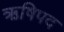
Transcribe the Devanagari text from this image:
ऋषिपद